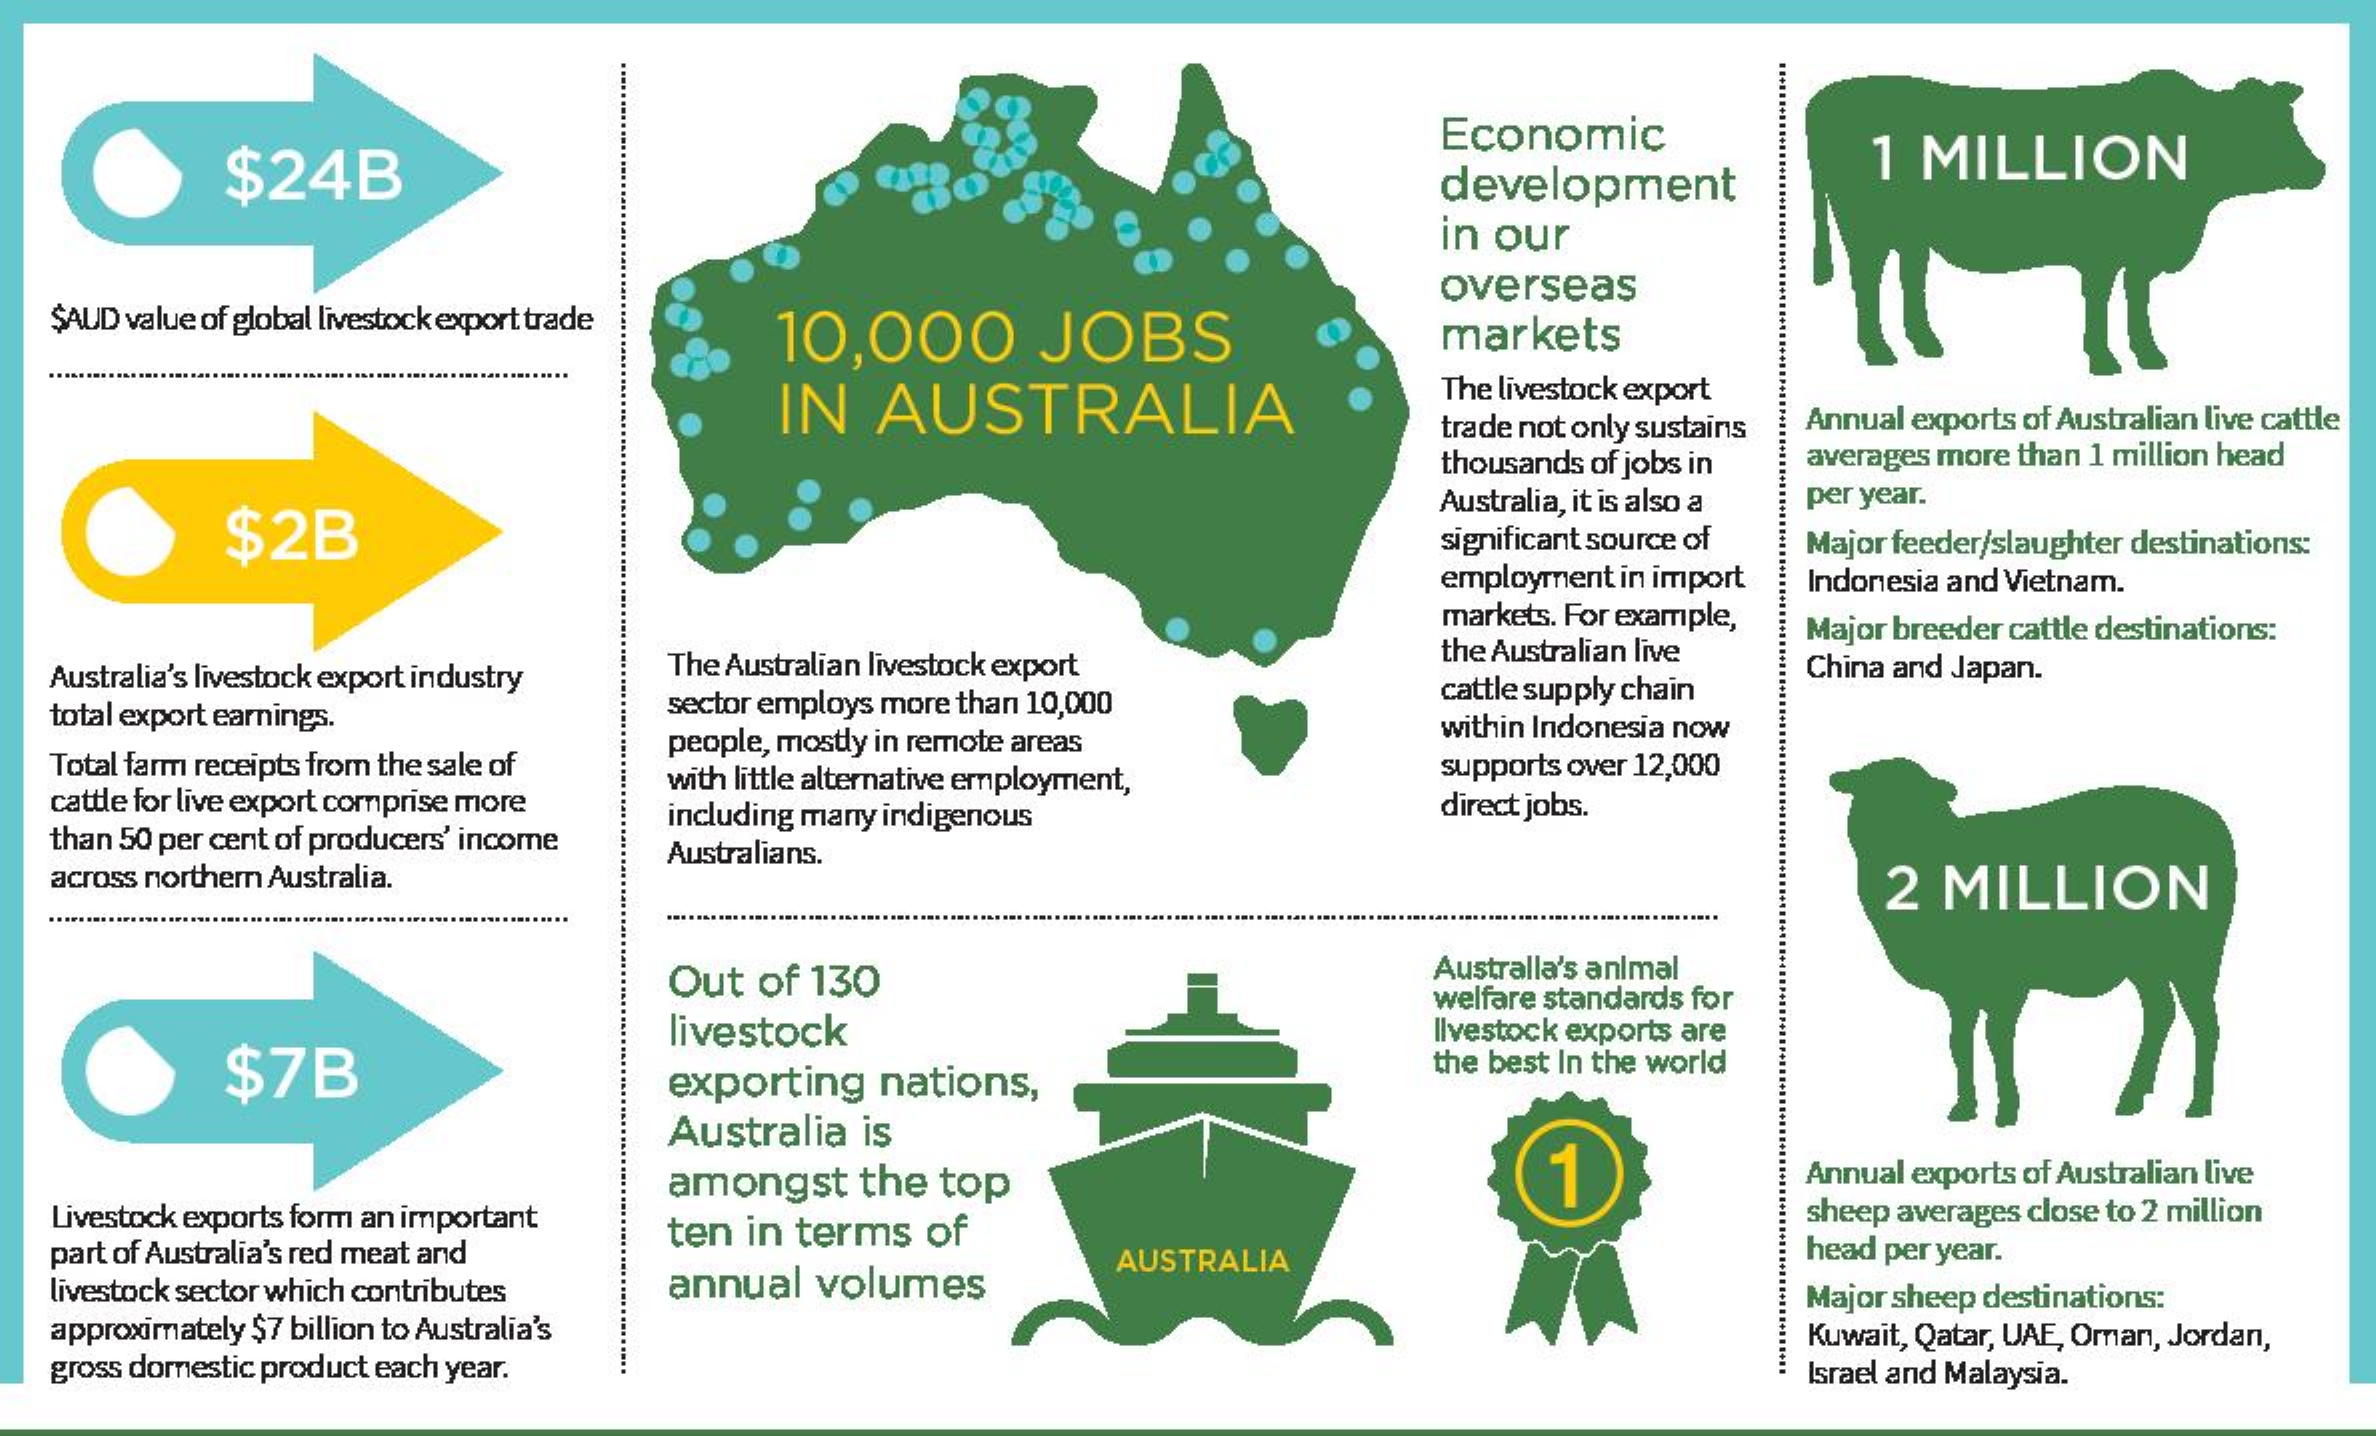
$24B
     Economic
     development
     1 MILLION
     in our
  $AUD value of global livestock export trade
     overseas
     10,000    JOBS    markets
     IN  AUSTRALIA
     The livestock export
     trade not only sustains Annual exports of Australian live cattle
     thousands of jobs in averages more than 1 million head
     $2B
     Australia, it is also a per year.
     significant source of Major feeder/slaughter destinations:
     employment in import
     markets. For example,
     Indonesia and Vietnam.
     the Australian live
     Major breeder cattle destinations:
  Australia's livestock export industry The Australian livestock export China and Japan.
  total export earnings.  sector employs more than 10,000 cattle supply chain
  Total farm receipts from the sale of
     people, mostly in remote areas within Indonesia now
     with little alternative employment, supports over 12,000
  cattle for live export comprise more
  than 50 per cent of producers' income
     including many indigenous    direct jobs.
  across northern Australia.
     Australians.
     2 MILLION
     Out of 130    Australla's animal
     welfare standards for
     $7B
     livestock    Ilvestock exports are
     exporting nations,
     the best In the world
     Australia is
     1    Annual exports of Australian live
  Livestock exports form an important
     amongst the top
  part of Australia's red meat and
     ten in terms of
     sheep averages close to 2 million
     head per year.
  livestock sector which contributes annual volumes
     AUSTRALIA
  approximately $7 billion to Australia's
     Major sheep destinations:
  gross domestic product each year.
     Kuwait, Qatar, UAE, Oman, Jordan,
     Israel and Malaysia.